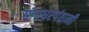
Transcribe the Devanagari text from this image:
गंगाधरपंतानी